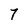
Character: 7